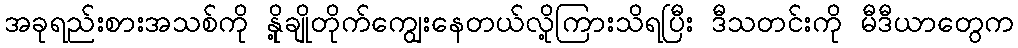
အခုရည်းစားအသစ်ကို နိုု့ချိုတိုက်ကျွေးနေတယ်လို့ကြားသိရပြီး ဒီသတင်းကို မီဒီယာတွေက